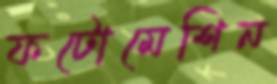
ফটোমেশিন